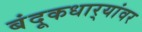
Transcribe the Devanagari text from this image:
बंदूकधार्‍यांवर